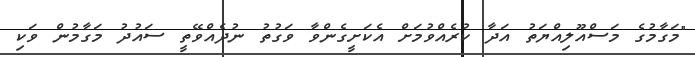
"މަގާމުގެ މަސްއޫލިއްޔަތު އަދާ ކުރެއްވުމަށް އެކަށީގެންވާ ވަގުތު ނުދެއްވޭތީ ސައުދު މަގާމުން ވަކި